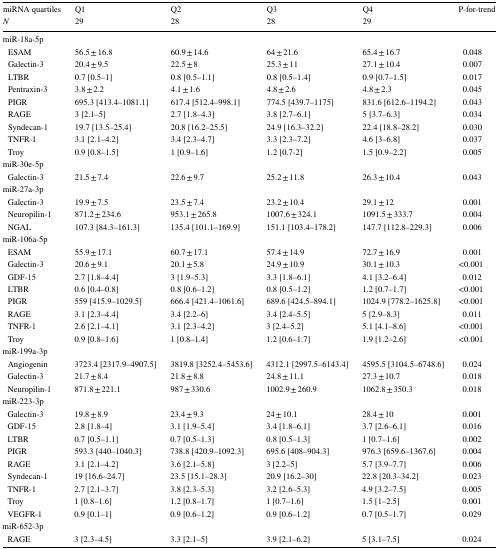
<table><thead><tr><td><b>miRNA quartiles</b></td><td><b>Q1</b></td><td><b>Q2</b></td><td><b>Q3</b></td><td><b>Q4</b></td><td rowspan="2"><b>P-for-trend</b></td></tr><tr><td><b><i>N</i></b></td><td><b>29</b></td><td><b>28</b></td><td><b>28</b></td><td><b>29</b></td></tr></thead><tbody><tr><td colspan="6">miR-18a-5p</td></tr><tr><td> ESAM</td><td>56.5 ± 16.8</td><td>60.9 ± 14.6</td><td>64 ± 21.6</td><td>65.4 ± 16.7</td><td>0.048</td></tr><tr><td> Galectin-3</td><td>20.4 ± 9.5</td><td>22.5 ± 8</td><td>25.3 ± 11</td><td>27.1 ± 10.4</td><td>0.007</td></tr><tr><td> LTBR</td><td>0.7 [0.5–1]</td><td>0.8 [0.5–1.1]</td><td>0.8 [0.5–1.4]</td><td>0.9 [0.7–1.5]</td><td>0.017</td></tr><tr><td> Pentraxin-3</td><td>3.8 ± 2.2</td><td>4.1 ± 1.6</td><td>4.8 ± 2.6</td><td>4.8 ± 2.3</td><td>0.045</td></tr><tr><td> PIGR</td><td>695.3 [413.4–1081.1]</td><td>617.4 [512.4–998.1]</td><td>774.5 [439.7–1175]</td><td>831.6 [612.6–1194.2]</td><td>0.043</td></tr><tr><td> RAGE</td><td>3 [2.1–5]</td><td>2.7 [1.8–4.3]</td><td>3.8 [2.7–6.1]</td><td>5 [3.7–6.3]</td><td>0.034</td></tr><tr><td> Syndecan-1</td><td>19.7 [13.5–25.4]</td><td>20.8 [16.2–25.5]</td><td>24.9 [16.3–32.2]</td><td>22.4 [18.8–28.2]</td><td>0.030</td></tr><tr><td> TNFR-1</td><td>3.1 [2.1–4.2]</td><td>3.4 [2.3–4.7]</td><td>3.3 [2.3–7.2]</td><td>4.6 [3–6.8]</td><td>0.037</td></tr><tr><td> Troy</td><td>0.9 [0.8–1.5]</td><td>1 [0.9–1.6]</td><td>1.2 [0.7-2]</td><td>1.5 [0.9–2.2]</td><td>0.005</td></tr><tr><td colspan="6">miR-30e-5p</td></tr><tr><td> Galectin-3</td><td>21.5 ± 7.4</td><td>22.6 ± 9.7</td><td>25.2 ± 11.8</td><td>26.3 ± 10.4</td><td>0.043</td></tr><tr><td colspan="6">miR-27a-3p</td></tr><tr><td> Galectin-3</td><td>19.9 ± 7.5</td><td>23.5 ± 7.4</td><td>23.2 ± 10.4</td><td>29.1 ± 12</td><td>0.001</td></tr><tr><td> Neuropilin-1</td><td>871.2 ± 234.6</td><td>953.1 ± 265.8</td><td>1007.6 ± 324.1</td><td>1091.5 ± 333.7</td><td>0.004</td></tr><tr><td> NGAL</td><td>107.3 [84.3–161.3]</td><td>135.4 [101.1–169.9]</td><td>151.1 [103.4–178.2]</td><td>147.7 [112.8–229.3]</td><td>0.006</td></tr><tr><td colspan="6">miR-106a-5p</td></tr><tr><td> ESAM</td><td>55.9 ± 17.1</td><td>60.7 ± 17.1</td><td>57.4 ± 14.9</td><td>72.7 ± 16.9</td><td>0.001</td></tr><tr><td> Galectin-3</td><td>20.6 ± 9.1</td><td>20.1 ± 5.8</td><td>24.9 ± 10.9</td><td>30.1 ± 10.3</td><td>&lt;0.001</td></tr><tr><td> GDF-15</td><td>2.7 [1.8–4.4]</td><td>3 [1.9–5.3]</td><td>3.3 [1.8–6.1]</td><td>4.1 [3.2–6.4]</td><td>0.012</td></tr><tr><td> LTBR</td><td>0.6 [0.4–0.8]</td><td>0.8 [0.6–1.2]</td><td>0.8 [0.5–1.2]</td><td>1.2 [0.7–1.7]</td><td>&lt;0.001</td></tr><tr><td> PIGR</td><td>559 [415.9–1029.5]</td><td>666.4 [421.4–1061.6]</td><td>689.6 [424.5–894.1]</td><td>1024.9 [778.2–1625.8]</td><td>&lt;0.001</td></tr><tr><td> RAGE</td><td>3.1 [2.3–4.4]</td><td>3.4 [2.2–6]</td><td>3.4 [2.4–5.5]</td><td>5 [2.9–8.3]</td><td>0.011</td></tr><tr><td> TNFR-1</td><td>2.6 [2.1–4.1]</td><td>3.1 [2.3–4.2]</td><td>3 [2.4–5.2]</td><td>5.1 [4.1–8.6]</td><td>&lt;0.001</td></tr><tr><td> Troy</td><td>0.9 [0.8–1.6]</td><td>1 [0.8–1.4]</td><td>1.2 [0.6–1.7]</td><td>1.9 [1.2–2.6]</td><td>&lt;0.001</td></tr><tr><td colspan="6">miR-199a-3p</td></tr><tr><td> Angiogenin</td><td>3723.4 [2317.9–4907.5]</td><td>3819.8 [3252.4–5453.6]</td><td>4312.1 [2997.5–6143.4]</td><td>4595.5 [3104.5–6748.6]</td><td>0.024</td></tr><tr><td> Galectin-3</td><td>21.7 ± 8.4</td><td>21.8 ± 8.8</td><td>24.8 ± 11.1</td><td>27.3 ± 10.7</td><td>0.018</td></tr><tr><td> Neuropilin-1</td><td>871.8 ± 221.1</td><td>987 ± 330.6</td><td>1002.9 ± 260.9</td><td>1062.8 ± 350.3</td><td>0.018</td></tr><tr><td colspan="6">miR-223-3p</td></tr><tr><td> Galectin-3</td><td>19.8 ± 8.9</td><td>23.4 ± 9.3</td><td>24 ± 10.1</td><td>28.4 ± 10</td><td>0.001</td></tr><tr><td> GDF-15</td><td>2.8 [1.8–4]</td><td>3.1 [1.9–5.4]</td><td>3.4 [1.8–6.1]</td><td>3.7 [2.6–6.1]</td><td>0.016</td></tr><tr><td> LTBR</td><td>0.7 [0.5–1.1]</td><td>0.7 [0.5–1.3]</td><td>0.8 [0.5–1.3]</td><td>1 [0.7–1.6]</td><td>0.002</td></tr><tr><td> PIGR</td><td>593.3 [440–1040.3]</td><td>738.8 [420.9–1092.3]</td><td>695.6 [408–904.3]</td><td>976.3 [659.6–1367.6]</td><td>0.004</td></tr><tr><td> RAGE</td><td>3.1 [2.1–4.2]</td><td>3.6 [2.1–5.8]</td><td>3 [2.2–5]</td><td>5.7 [3.9–7.7]</td><td>0.006</td></tr><tr><td> Syndecan-1</td><td>19 [16.6–24.7]</td><td>23.5 [15.1–28.3]</td><td>20.9 [16.2–30]</td><td>22.8 [20.3–34.2]</td><td>0.023</td></tr><tr><td> TNFR-1</td><td>2.7 [2.1–3.7]</td><td>3.8 [2.3–5.3]</td><td>3.2 [2.6–5.3]</td><td>4.9 [3.2–7.5]</td><td>0.005</td></tr><tr><td> Troy</td><td>1 [0.8–1.6]</td><td>1.2 [0.8–1.7]</td><td>1 [0.7–1.6]</td><td>1.5 [1–2.5]</td><td>0.001</td></tr><tr><td> VEGFR-1</td><td>0.9 [0.1–1]</td><td>0.9 [0.6–1.2]</td><td>0.9 [0.6–1.2]</td><td>0.7 [0.5–1.7]</td><td>0.029</td></tr><tr><td colspan="6">miR-652-3p</td></tr><tr><td> RAGE</td><td>3 [2.3–4.5]</td><td>3.3 [2.1–5]</td><td>3.9 [2.1–6.2]</td><td>5 [3.1–7.5]</td><td>0.024</td></tr></tbody></table>